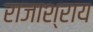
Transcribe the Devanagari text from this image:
राजाश्राय